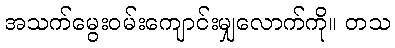
အသက်မွေးဝမ်းကျောင်းမျှလောက်ကို။ တသ